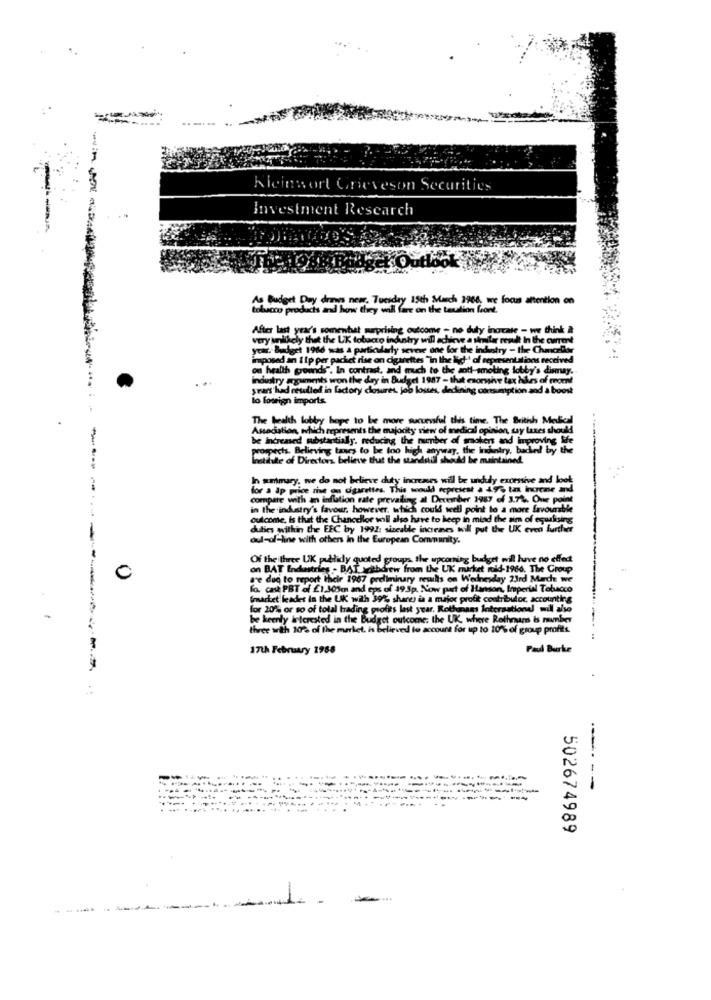
Kleinwort Grieveson Securities
Investment Research
Houtlook
As Budget Day drin new. Tuesday 15th March 1968, we focus attention on
tobacco products and how they will fare on the texalion front.
After last year's somewhat weprising outcome - no duly ingrate - we think &
very anithely that the UK tobacco indintry will achieve a sellar result In the current
very Mildly
adget 1986 was a particularly seveve one for the industry - the Chancello
imposed an 11p per packet rise on cigarettes "In the light of represent ations received
on health grounds". In contrast, and much to the anti-smoking lobby's dimmay.
industry arguments won the day in Budget 1987 - that enormive tax hikes of From!
industry
Srars had resulted in factory closures, joo lostes, declining consumption and a boost
lo foorign imports
The health lobby hope to be more successful this time. The Brithh Medical
Association, which represents the majority sewr of medical opinion, say lanes should
be Increased substantially, reducing the number of smokers and inpro
prospects. Believing taxes to be too high anyway, the inhetry, backed by the
ovins He
Witte of Directors believe that the stan
would be maintained.
In summary, we do not believe dutty increases will be unduly excessive and look
for a ap price che ou cigarettes. This would represent a 49%, tax irurene and
compete with an inflation rate prevailing al December 1987 of 3.74. One point
in the industry's favour, however, which could well point to a more favourable
culcome, is that the Chancellor inll also
will also have to keep in mind the aim of equalising
duties within the EEC by 1991: sizeable incenes will put the UK even further
oul-of-line with others in the European Community.
Of the three UK publidy quoted groups the upcoming budget will have no effect
O
on BAT Industries - BAT yatbdrew from the UK market roid-1966. The Group
are due to report their 1987 preliminary results on Wednesday 23rd March we
lo. cast PBT of £1,305m and eps of 193p. Now part of Hanson, Imperial Tobacco
Grmarket leader in the UK with 392% share) is a major profit contribufor, accounting
for 201% or so of total trading profis last year. Rothmans Interaationd wil also
be keerty interested in the Budget outcome: the UK, where Rothmans is number
twee wth 10% of the market, is believed to account for up to 10% of group profits
17th February 1988
Paul Burrke
--------------
---- --
502674989